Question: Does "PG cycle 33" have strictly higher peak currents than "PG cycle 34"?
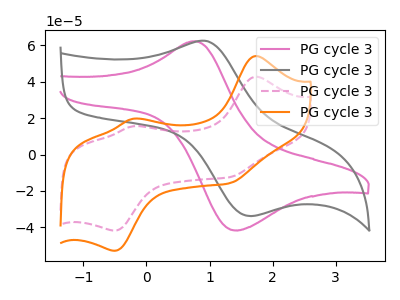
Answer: <think>The pink curve "PG cycle 31" has an anodic peak at (0.80V, 62.20uA) and a cathodic peak at (1.40V, -41.65uA). The gray curve "PG cycle 32" has an anodic peak at (0.95V, 62.25uA) and a cathodic peak at (1.65V, -33.75uA). The pink dashed curve "PG cycle 33" has anodic peaks at (1.75V, 42.70uA) (-0.20V, 15.50uA) and cathodic peaks at (-0.50V, -41.70uA) (1.35V, -12.40uA). The orange curve "PG cycle 34" has anodic peaks at (1.75V, 54.00uA) (-0.20V, 19.60uA) and cathodic peaks at (-0.50V, -52.80uA) (1.35V, -15.70uA).</think>
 <answer>Every peak in "PG cycle 33" is lower than every peak in "PG cycle 34".</answer>
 <eval>lower</eval>